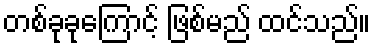
တစ်ခုခုကြောင့် ဖြစ်မည် ထင်သည်။